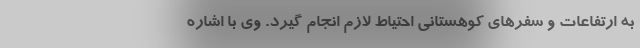
به ارتفاعات و سفرهای کوهستانی احتیاط لازم انجام گیرد. وی با اشاره